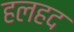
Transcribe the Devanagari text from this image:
हलहद